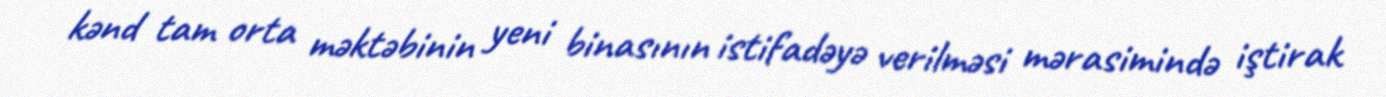
kənd tam orta məktəbinin yeni binasının istifadəyə verilməsi mərasimində iştirak